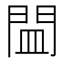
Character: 𲈨